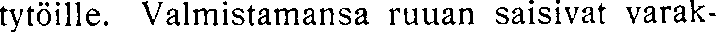
tytöille. Valmistamansa ruuan saisivat varak-